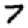
Digit: 7